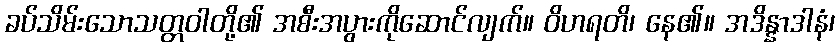
ခပ်သိမ်းသောသတ္တဝါတို့၏ အစီးအပွားကိုဆောင်လျက်။ ဝိဟရတိ၊ နေ၏။ အဒိန္နာဒါနံ၊